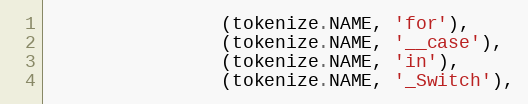
Language: Python
                (tokenize.NAME, 'for'),
                (tokenize.NAME, '__case'),
                (tokenize.NAME, 'in'),
                (tokenize.NAME, '_Switch'),